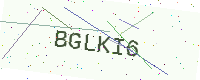
Text: BGLKI6